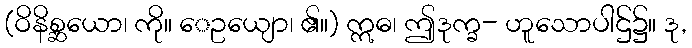
(ဝိနိစ္ဆယော၊ ကို။ ေဥယျော၊ ၏။) ဣဓ၊ ဤဒုက္ခ- ဟူသောပါဌ်၌။ ဒု,